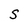
Character: S